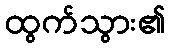
ထွက်သွား၏